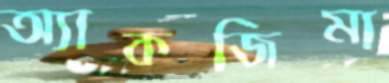
অ্যাকজিমা